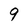
Character: 9